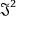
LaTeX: { \mathfrak { J } } ^ { 2 }